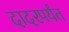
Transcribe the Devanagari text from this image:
दादरपर्यंत